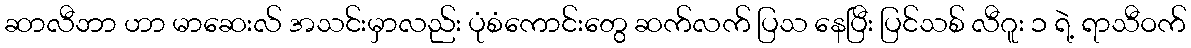
ဆာလီဘာ ဟာ မာဆေးလ် အသင်းမှာလည်း ပုံစံကောင်းတွေ ဆက်လက် ပြသ နေပြီး ပြင်သစ် လီဂူး ၁ ရဲ့ ရာသီဝက်